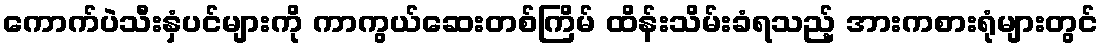
ကောက်ပဲသီးနှံပင်များကို ကာကွယ်ဆေးတစ်ကြိမ် ထိန်းသိမ်းခံရသည့် အားကစားရုံများတွင်